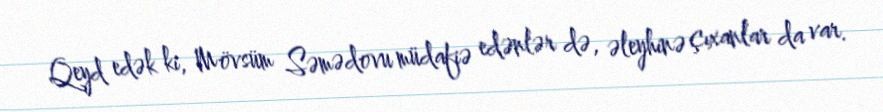
Qeyd edək ki, Mövsüm Səmədovu müdafiə edənlər də, əleyhinə çıxanlar da var.